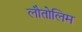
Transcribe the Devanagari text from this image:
लौतोलिम